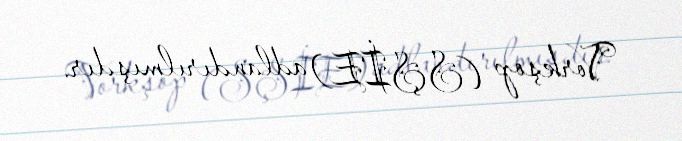
Vorkşop (SŞİE) adlandırılmışdır.